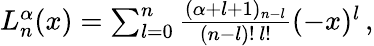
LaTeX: \begin{array}{r}{L_{n}^{\alpha}(x)=\sum_{l=0}^{n}\frac{(\alpha+l+1)_{n-l}}{(n-l)!\, l!}(-x)^{l}\, ,}\end{array}